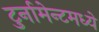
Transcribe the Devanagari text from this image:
टुर्नामेन्टमध्ये